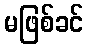
မဖြစ်ခင်